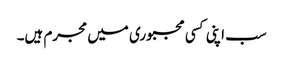
سب اپنی کسی مجبوری میں مجرم ہیں۔